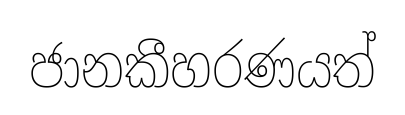
ජානකීහරණයත්